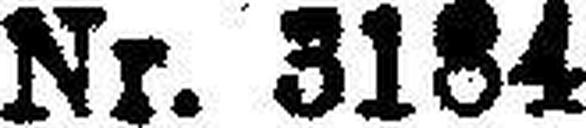
Nr. 3184